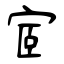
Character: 宧